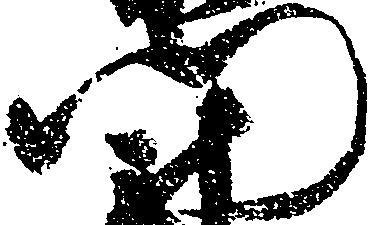
門